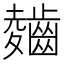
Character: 𲎣